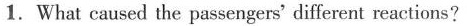
1.What caused the passengers'different reactions?